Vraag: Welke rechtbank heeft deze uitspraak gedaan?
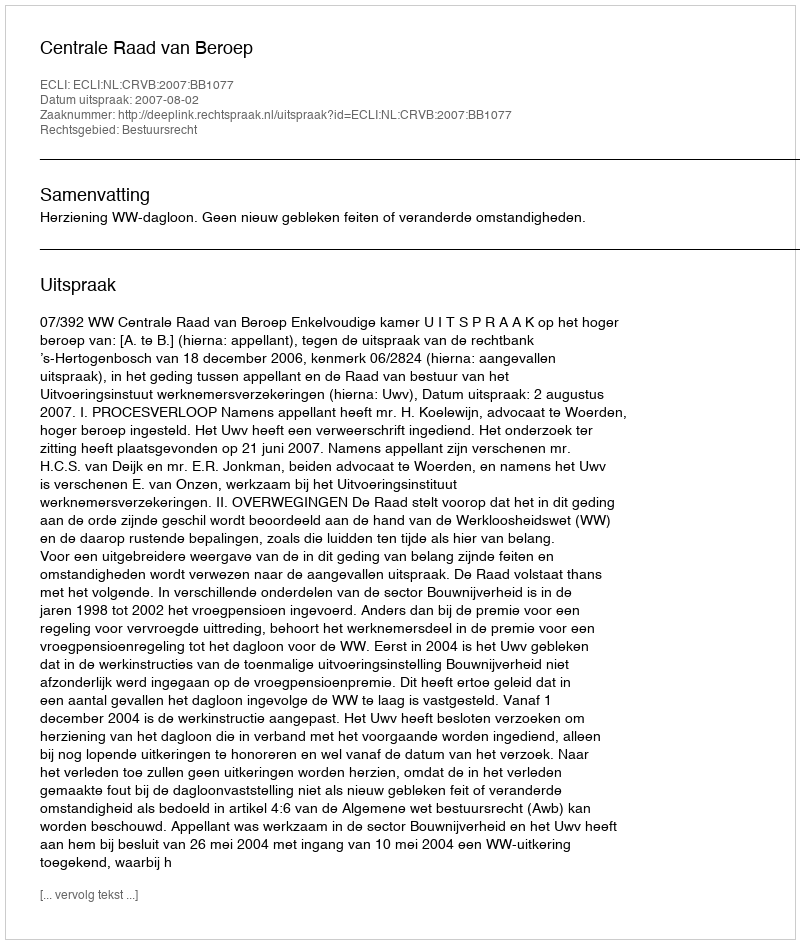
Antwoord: Centrale Raad van Beroep